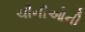
ચીનીઓની